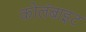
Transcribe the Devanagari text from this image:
कोलंबाइट